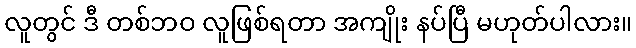
လူတွင် ဒီ တစ်ဘဝ လူဖြစ်ရတာ အကျိုး နပ်ပြီ မဟုတ်ပါလား။